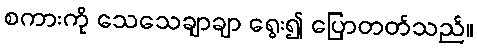
စကားကို သေသေချာချာ ရွေး၍ ပြောတတ်သည်။